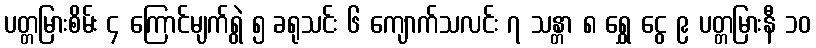
ပတ္တမြားစိမ်း ၄ ကြောင်မျက်ရွဲ ၅ ခရုသင်း ၆ ကျောက်သလင်း ၇ သန္တာ ၈ ရွှေ ငွေ ၉ ပတ္တမြားနီ ၁၀